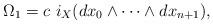
LaTeX: \begin{gather*}\Omega_1 =c\ i_X(dx_0\wedge\cdots\wedge dx_{n+1}),\end{gather*}